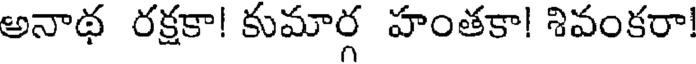
అనాథ రక్షకా! కుమార్గ హంతకా! శివంకరా